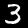
Label: 3